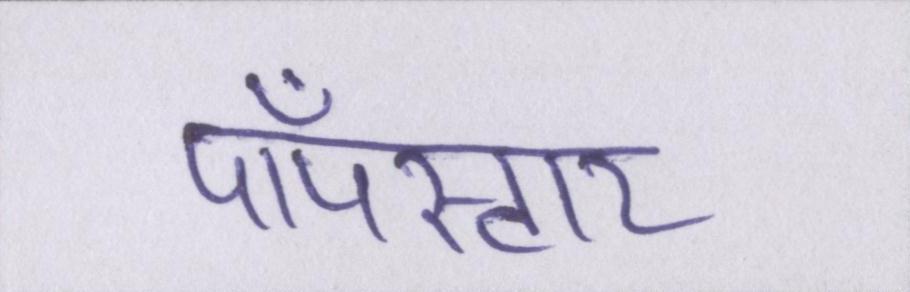
पॉपस्टार